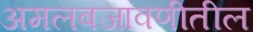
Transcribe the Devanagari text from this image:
अमलबजावणीतील